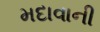
મદાવાની